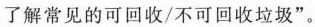
了解见的可回收/不可回收垃圾”。